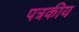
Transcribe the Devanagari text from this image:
पत्रकीय